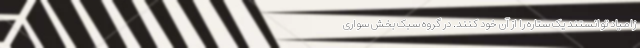
زامیاد توانستند یک ستاره را از آن خود کنند. در گروه سبک بخش سواری